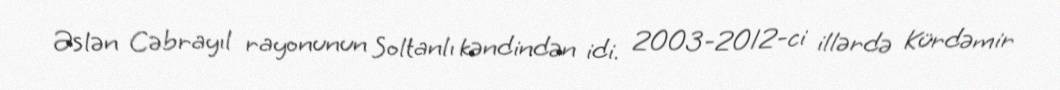
Əslən Cəbrayıl rayonunun Soltanlı kəndindən idi. 2003-2012-ci illərdə Kürdəmir